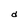
Character: d